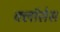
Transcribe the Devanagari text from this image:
क्लाॅसेस